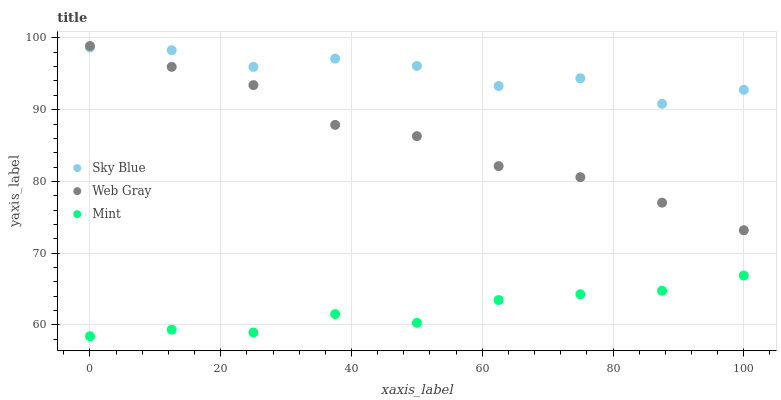
| xaxis_label | Sky Blue | Web Gray | Mint |
 | --- | --- | --- | --- |
 | 0 | 98.7 | 98.9 | 58.4 |
 | 12.5 | 98.3 | 96 | 59.3 |
 | 25 | 96 | 93.4 | 58.9 |
 | 37.5 | 97.1 | 87.9 | 61.5 |
 | 50 | 96.1 | 86.3 | 60.3 |
 | 62.5 | 93.3 | 82.1 | 63.5 |
 | 75 | 94.4 | 80.6 | 64.3 |
 | 87.5 | 90.8 | 77 | 64.8 |
 | 100 | 92.8 | 73.2 | 66.9 |